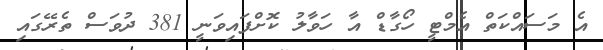
އެ މަސައްކަތް އެމްޓީ ހޯގާޑް އާ ހަވާލު ކޮށްފައިވަނީ 381 ދުވަސް ތެރޭގައި